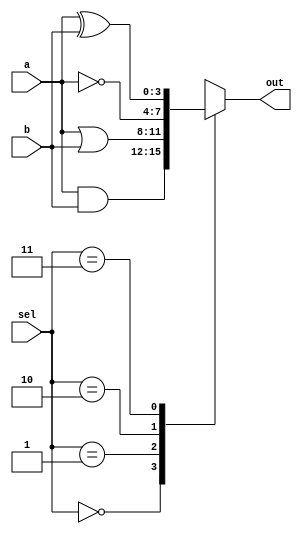
module combinational_logic_block (
    input wire [3:0] a,        // 4-bit input
    input wire [3:0] b,        // 4-bit input
    input wire [1:0] sel,      // 2-bit selector for function selection
    output wire [3:0] out      // 4-bit output
);

// Internal signals for shared logic gates
wire [3:0] and_out;
wire [3:0] or_out;
wire [3:0] not_out;
wire [3:0] xor_out;

// Shared logic resources
assign and_out = a & b;      // AND operation
assign or_out = a | b;       // OR operation
assign not_out = ~a;         // NOT operation (only on 'a')
assign xor_out = a ^ b;      // XOR operation

// Multiplexer to select the output based on the control signal
always @(*) begin
    case (sel)
        2'b00: out = and_out;  // Select AND output
        2'b01: out = or_out;   // Select OR output
        2'b10: out = not_out;  // Select NOT output (only on 'a')
        2'b11: out = xor_out;  // Select XOR output
        default: out = 4'b0000; // Default case (should not occur)
    endcase
end

endmodule